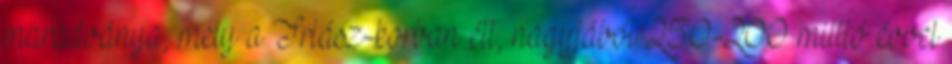
maradványa, mely a Triász-korban élt, nagyjából 250-200 millió évvel